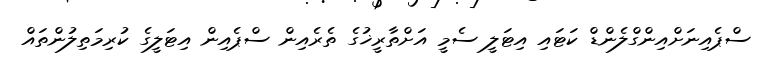
ސްޕެއިނަށްއިންގްލެންޑް ކަޓައި އިޓަލީ ސެމީ އަށްތާރީޚުގެ ތެރެއިން ސްޕެއިން އިޓަލީގެ ކުރިމަތިލުންތައް